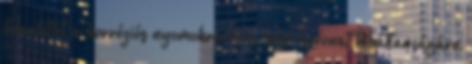
tekintettel a korróziós nyomokra és a belsõ bevonat hibátlanságára